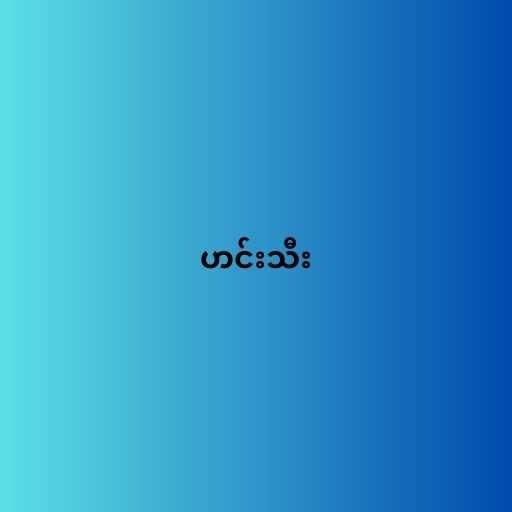
ဟင်းသီး